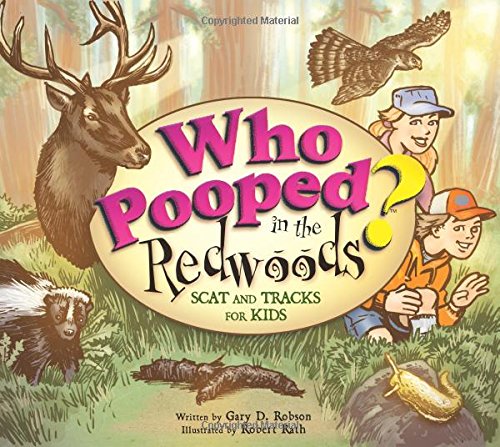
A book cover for Who Pooped in the Redwoods? : Scat and Tracks for Kids (Who Pooped in the Park?); Gary D. Robson; Children's Books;